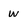
Character: w